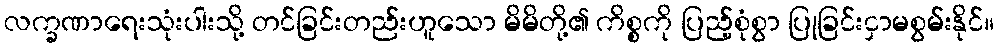
လက္ခဏာရေးသုံးပါးသို့ တင်ခြင်းတည်းဟူသော မိမိတို့၏ ကိစ္စကို ပြည့်စုံစွာ ပြုခြင်းငှာမစွမ်းနိုင်။